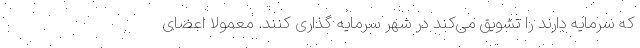
که سرمایه دارند را تشویق می‌کند در شهر سرمایه گذاری کنند. معمولا اعضای